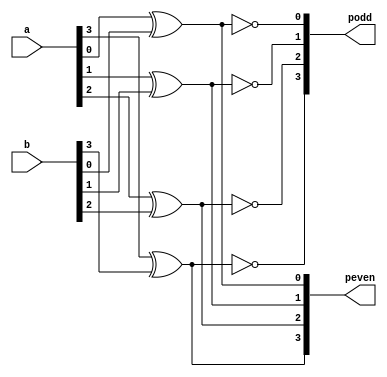
`timescale 1ns / 1ps
module par_gen(input [3:0] a,b,output [3:0] peven,podd);
xor evenp0(peven[0],a[0],b[0]);
xnor oddp0(podd[0],a[0],b[0]);
xor evenp1(peven[1],a[1],b[1]);
xnor oddp1(podd[1],a[1],b[1]);
xor evenp2(peven[2],a[2],b[2]);
xnor oddp2(podd[2],a[2],b[2]);
xor evenp3(peven[3],a[3],b[3]);
xnor oddp3(podd[3],a[3],b[3]);
endmodule